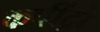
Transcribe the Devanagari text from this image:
कपींद्रो